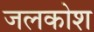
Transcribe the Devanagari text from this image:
जलकोश